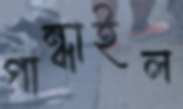
গান্ধাইল